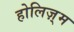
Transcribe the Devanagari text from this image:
होलिज़्म